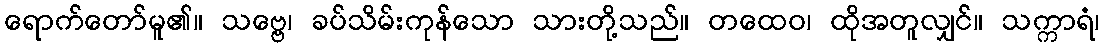
ရောက်တော်မူ၏။ သဗ္ဗေ၊ ခပ်သိမ်းကုန်သော သားတို့သည်။ တထေဝ၊ ထိုအတူလျှင်။ သက္ကာရံ၊